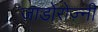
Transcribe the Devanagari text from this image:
जाडोरोज़्नी